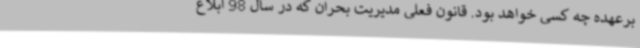
برعهده چه کسی خواهد بود. قانون فعلی مدیریت بحران که در سال 98 ابلاغ